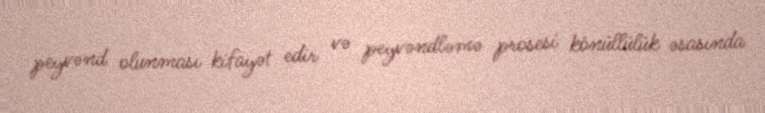
peyvənd olunması kifayət edir və peyvəndləmə prosesi könüllülük əsasında